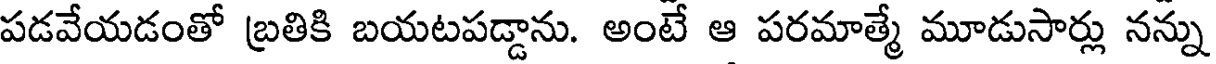
పడవేయడంతో బ్రతికి బయటపడ్డాను. అంటే ఆ పరమాత్మే మూడుసార్లు నన్ను